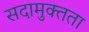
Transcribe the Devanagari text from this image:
सदामुक्तता